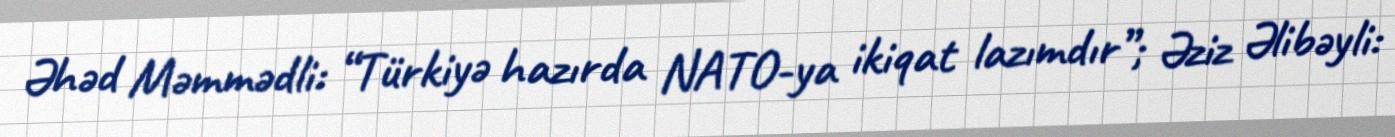
Əhəd Məmmədli: “Türkiyə hazırda NATO-ya ikiqat lazımdır”; Əziz Əlibəyli: